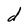
Character: d